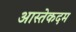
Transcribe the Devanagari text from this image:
आस्तेकदम